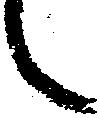
々